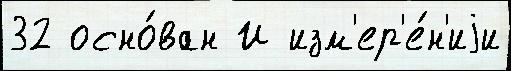
32 осно́ван И изм'ер'е́н'иjи